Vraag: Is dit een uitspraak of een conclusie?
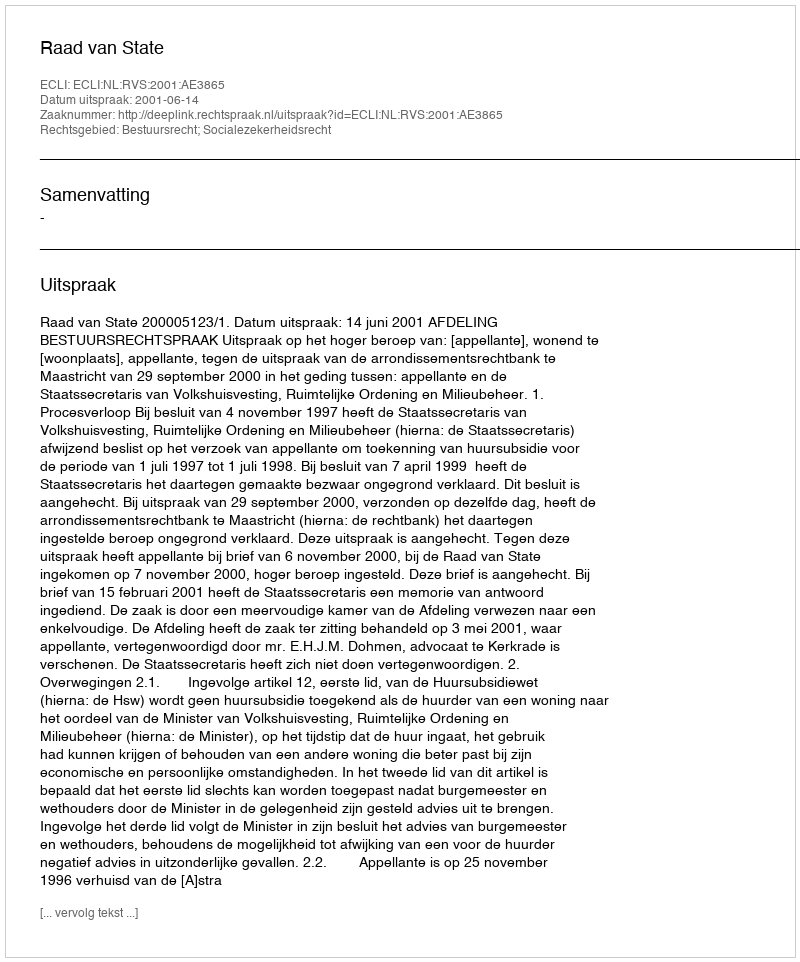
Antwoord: Uitspraak